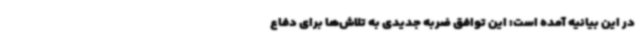
در این بیانیه آمده است: این توافق ضربه جدیدی به تلاش‌ها برای دفاع